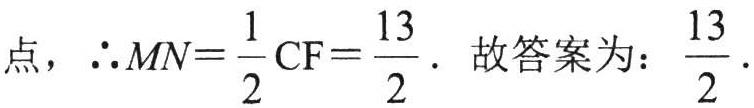
点，\(\therefore MN = \frac{1}{2}CF=\frac{13}{2}\). 故答案为：\(\frac{13}{2}\).